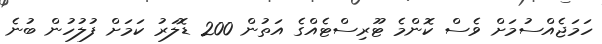
ހަމަޖެއްސުމަށް ވެސް ކޮންމެ ޓޫރިސްޓެއްގެ އަތުން 200 ޑޮލަރު ކަމަށް ފުލުހުން ބުނެ